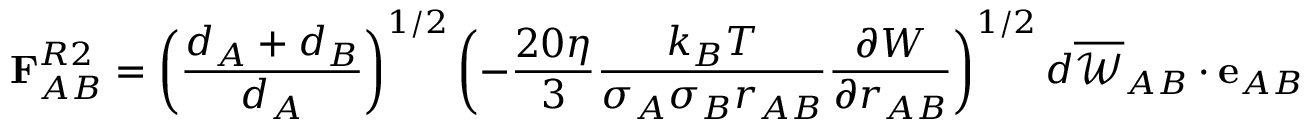
\mathbf { F } _ { A B } ^ { R 2 } = \left( \frac { d _ { A } + d _ { B } } { d _ { A } } \right) ^ { 1 / 2 } \left( - \frac { 2 0 \eta } { 3 } \frac { k _ { B } T } { \sigma _ { A } \sigma _ { B } r _ { A B } } \frac { \partial { W } } { \partial { r _ { A B } } } \right) ^ { 1 / 2 } d \overline { { \mathscr { W } } } _ { A B } \cdot \mathbf { e } _ { A B }